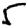
Digit: 5